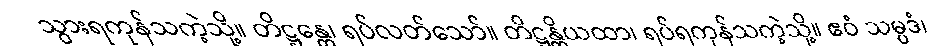
သွားရကုန်သကဲ့သို့။ တိဋ္ဌန္တေ၊ ရပ်လတ်သော်။ တိဋ္ဌန္တိယထာ၊ ရပ်ရကုန်သကဲ့သို့။ ဧဝံ သမ္ပဒံ၊